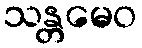
သန္တမေဝ